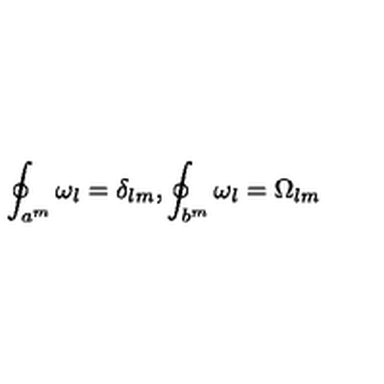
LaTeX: \oint _ { a ^ { m } } \omega _ { l } = \delta _ { l m } , \oint _ { b ^ { m } } \omega _ { l } = \Omega _ { l m }